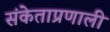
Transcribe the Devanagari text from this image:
संकेताप्रणाली